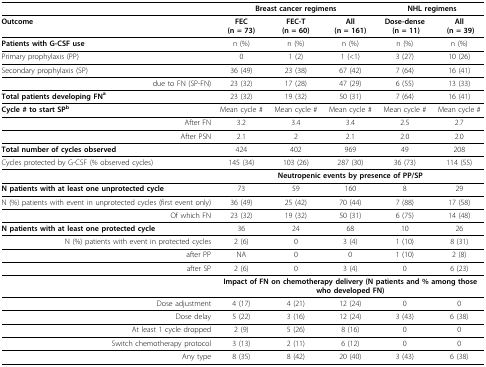
<table><thead><tr><td></td><td colspan="3"><b>Breast cancer regimens</b></td><td colspan="2"><b>NHL regimens</b></td></tr></thead><tbody><tr><td><b>Outcome</b></td><td><b>FEC </b><b>(n = 73)</b></td><td><b>FEC-T </b><b>(n = 60)</b></td><td><b>All </b><b>(n = 161)</b></td><td><b>Dose-dense</b><b> (n = 11)</b></td><td><b>All</b><b> (n = 39)</b></td></tr><tr><td><b>Patients with G-CSF use</b></td><td>n (%)</td><td>n (%)</td><td>n (%)</td><td>n (%)</td><td>n (%)</td></tr><tr><td>Primary prophylaxis (PP)</td><td>0</td><td>1 (2)</td><td>1 (&lt;1)</td><td>3 (27)</td><td>10 (26)</td></tr><tr><td>Secondary prophylaxis (SP)</td><td>36 (49)</td><td>23 (38)</td><td>67 (42)</td><td>7 (64)</td><td>16 (41)</td></tr><tr><td>due to FN (SP-FN)</td><td>23 (32)</td><td>17 (28)</td><td>47 (29)</td><td>6 (55)</td><td>13 (33)</td></tr><tr><td><b>Total patients developing FN</b><sup><b>a</b></sup></td><td>23 (32)</td><td>19 (32)</td><td>50 (31)</td><td>7 (64)</td><td>16 (41)</td></tr><tr><td><b>Cycle # to start SP</b><sup><b>b</b></sup></td><td>Mean cycle #</td><td>Mean cycle #</td><td>Mean cycle #</td><td>Mean cycle #</td><td>Mean cycle #</td></tr><tr><td>After FN</td><td>3.2</td><td>3.4</td><td>3.4</td><td>2.5</td><td>2.7</td></tr><tr><td>After PSN</td><td>2.1</td><td>2</td><td>2.1</td><td>2.0</td><td>2.0</td></tr><tr><td><b>Total number of cycles observed</b></td><td>424</td><td>402</td><td>969</td><td>49</td><td>208</td></tr><tr><td>Cycles protected by G-CSF (% observed cycles)</td><td>145 (34)</td><td>103 (26)</td><td>287 (30)</td><td>36 (73)</td><td>114 (55)</td></tr><tr><td></td><td colspan="5"><b>Neutropenic events by presence of PP/SP</b></td></tr><tr><td><b>N patients with at least one unprotected cycle</b></td><td>73</td><td>59</td><td>160</td><td>8</td><td>29</td></tr><tr><td>N (%) patients with event in unprotected cycles (first event only)</td><td>36 (49)</td><td>25 (42)</td><td>70 (44)</td><td>7 (88)</td><td>17 (58)</td></tr><tr><td>Of which FN</td><td>23 (32)</td><td>19 (32)</td><td>50 (31)</td><td>6 (75)</td><td>14 (48)</td></tr><tr><td><b>N patients with at least one protected cycle</b></td><td>36</td><td>24</td><td>68</td><td>10</td><td>26</td></tr><tr><td>N (%) patients with event in protected cycles</td><td>2 (6)</td><td>0</td><td>3 (4)</td><td>1 (10)</td><td>8 (31)</td></tr><tr><td>after PP</td><td>NA</td><td>0</td><td>0</td><td>1 (10)</td><td>2 (8)</td></tr><tr><td>after SP</td><td>2 (6)</td><td>0</td><td>3 (4)</td><td>0</td><td>6 (23)</td></tr><tr><td></td><td colspan="5"><b>Impact of FN on chemotherapy delivery (N patients and % among those who developed FN)</b></td></tr><tr><td>Dose adjustment</td><td>4 (17)</td><td>4 (21)</td><td>12 (24)</td><td>0</td><td>0</td></tr><tr><td>Dose delay</td><td>5 (22)</td><td>3 (16)</td><td>12 (24)</td><td>3 (43)</td><td>6 (38)</td></tr><tr><td>At least 1 cycle dropped</td><td>2 (9)</td><td>5 (26)</td><td>8 (16)</td><td>0</td><td>0</td></tr><tr><td>Switch chemotherapy protocol</td><td>3 (13)</td><td>2 (11)</td><td>6 (12)</td><td>0</td><td>0</td></tr><tr><td>Any type</td><td>8 (35)</td><td>8 (42)</td><td>20 (40)</td><td>3 (43)</td><td>6 (38)</td></tr></tbody></table>